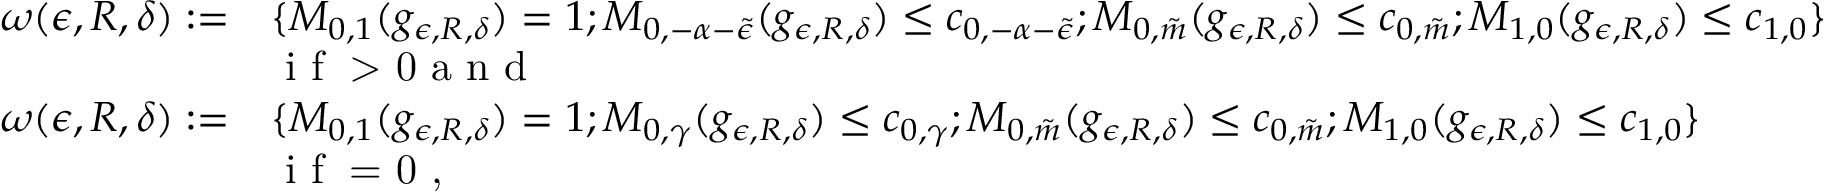
\begin{array} { r l } { \omega ( \epsilon , R , \delta ) : = } & { \{ M _ { 0 , 1 } ( g _ { \epsilon , R , \delta } ) = 1 ; M _ { 0 , - \alpha - \tilde { \epsilon } } ( g _ { \epsilon , R , \delta } ) \leq c _ { 0 , - \alpha - \tilde { \epsilon } } ; M _ { 0 , \tilde { m } } ( g _ { \epsilon , R , \delta } ) \leq c _ { 0 , \tilde { m } } ; M _ { 1 , 0 } ( g _ { \epsilon , R , \delta } ) \leq c _ { 1 , 0 } \} } \\ & { \textup { i f \alpha > 0 a n d } } \\ { \omega ( \epsilon , R , \delta ) : = } & { \{ M _ { 0 , 1 } ( g _ { \epsilon , R , \delta } ) = 1 ; M _ { 0 , \gamma } ( g _ { \epsilon , R , \delta } ) \leq c _ { 0 , \gamma } ; M _ { 0 , \tilde { m } } ( g _ { \epsilon , R , \delta } ) \leq c _ { 0 , \tilde { m } } ; M _ { 1 , 0 } ( g _ { \epsilon , R , \delta } ) \leq c _ { 1 , 0 } \} } \\ & { \textup { i f \alpha = 0 , } } \end{array}